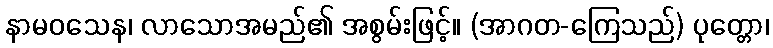
နာမဝသေန၊ လာသောအမည်၏ အစွမ်းဖြင့်။ (အာဂတ-ကြေသည်) ပုတ္တော၊